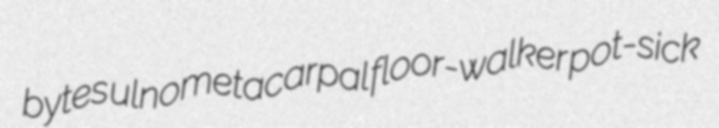
bytes ulnometacarpal floor-walker pot-sick